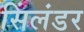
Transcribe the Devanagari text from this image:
सिंलंडर